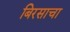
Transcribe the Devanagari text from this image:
बिरसाचा